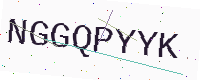
Text: NGGQPYYK